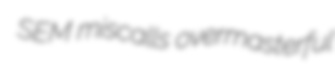
SEM miscalls overmasterful